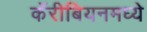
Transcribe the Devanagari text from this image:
कॅरीबियनमध्ये